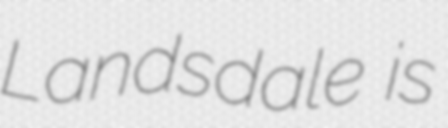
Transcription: Landsdale is